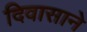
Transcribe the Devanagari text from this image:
दिवासाने